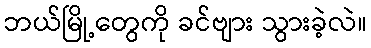
ဘယ်မြို့တွေကို ခင်ဗျား သွားခဲ့လဲ။